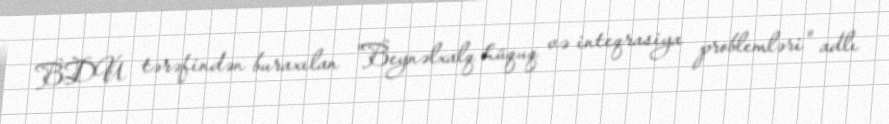
BDU tərəfindən buraxılan "Beynəlxalq hüquq və inteqrasiya problemləri" adlı